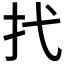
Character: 𢩮